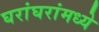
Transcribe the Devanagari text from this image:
घरांघरांमध्ये